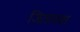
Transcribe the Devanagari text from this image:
जितायया